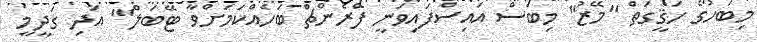
މިބަހުގެ ހަޤީގަތް "މޭޒު" މިބަސް އައިސްފައިވަނީ ފްރެންޗް ބަހެއްކަމަށްވާ ޓޭބަލް"' އަދި ގަދީމީ